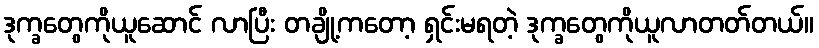
ဒုက္ခတွေကိုယူဆောင် လာပြီး တချို့ကတော့ ရှင်းမရတဲ့ ဒုက္ခတွေကိုယူလာတတ်တယ်။